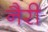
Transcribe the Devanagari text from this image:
नैरी